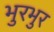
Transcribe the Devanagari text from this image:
भुरभुर